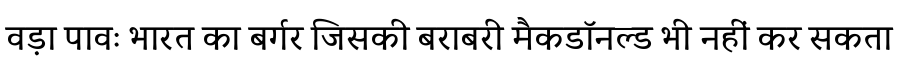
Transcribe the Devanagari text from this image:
वड़ा पावः भारत का बर्गर जिसकी बराबरी मैकडॉनल्ड भी नहीं कर सकता